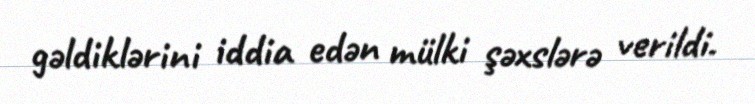
gəldiklərini iddia edən mülki şəxslərə verildi.